Annual report on the mental hospital in the Central Provinces and Berar (Nagpur) - 1927-1951
Year: 1927
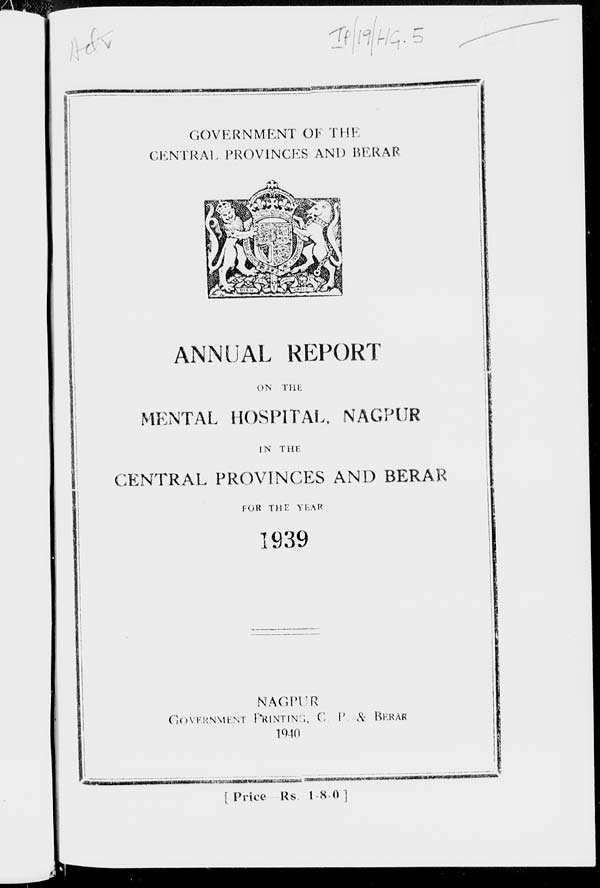
GOVERNMENT OF THE
CENTRAL PROVINCES AND BERAR
ANNUAL REPORT
ON
THE
MENTAL HOSPITAL, NAGPUR
IN THE
CENTRAL PROVINCES AND BERAR
FOR THE YEAR
1939
NAGPUR
GOVERNMENT PRINTING, C. P. & BERAR
1940
[ Price Rs. 1-8-0]